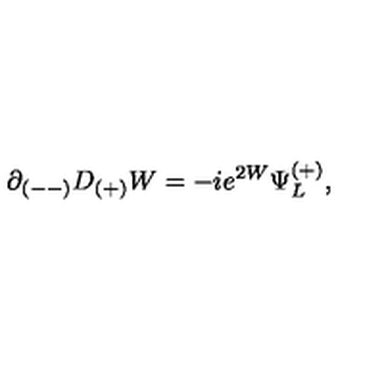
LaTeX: \partial _ { ( -- ) } D _ { ( + ) } W = - i e ^ { 2 W } \Psi _ { L } ^ { ( + ) } , \qquad